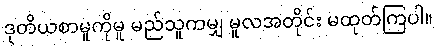
ဒုတိယစာမူကိုမူ မည်သူကမျှ မူလအတိုင်း မထုတ်ကြပါ။